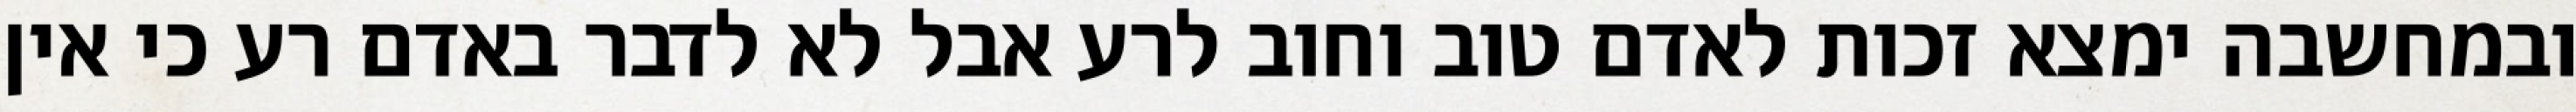
ובמחשבה ימצא זכות לאדם טוב וחוב לרע אבל לא לדבר באדם רע כי אין